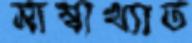
সাম্বাখ্যাত